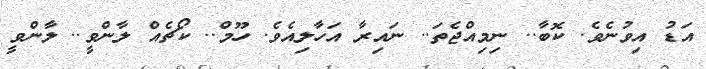
އަޑު އިވުނެވެ. ކޮބާ.. ނިމިއްޖެތަ.. ނައިރާ އަހާލިއެވެ. ހޫމް.. ކޯޗެއް ލާންވީ.. ލާންވީ